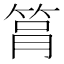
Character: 𥭞